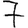
Digit: 7